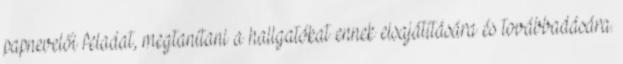
papnevelői feladat, megtanítani a hallgatókat ennek elsajátítására és továbbadására.